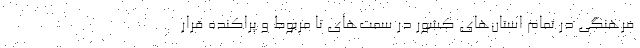
فرهنگی در تمام استان‌های کشور در سمت‌های نا مربوط و پراکنده قرار